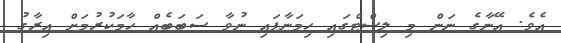
އެވެ. އޭނާގެ ނަން މި ލިސްޓްގައި ހިމަނާފައި ނުވާ ސަބަބެއް ހާމަކުރުމަށް އިރާގު